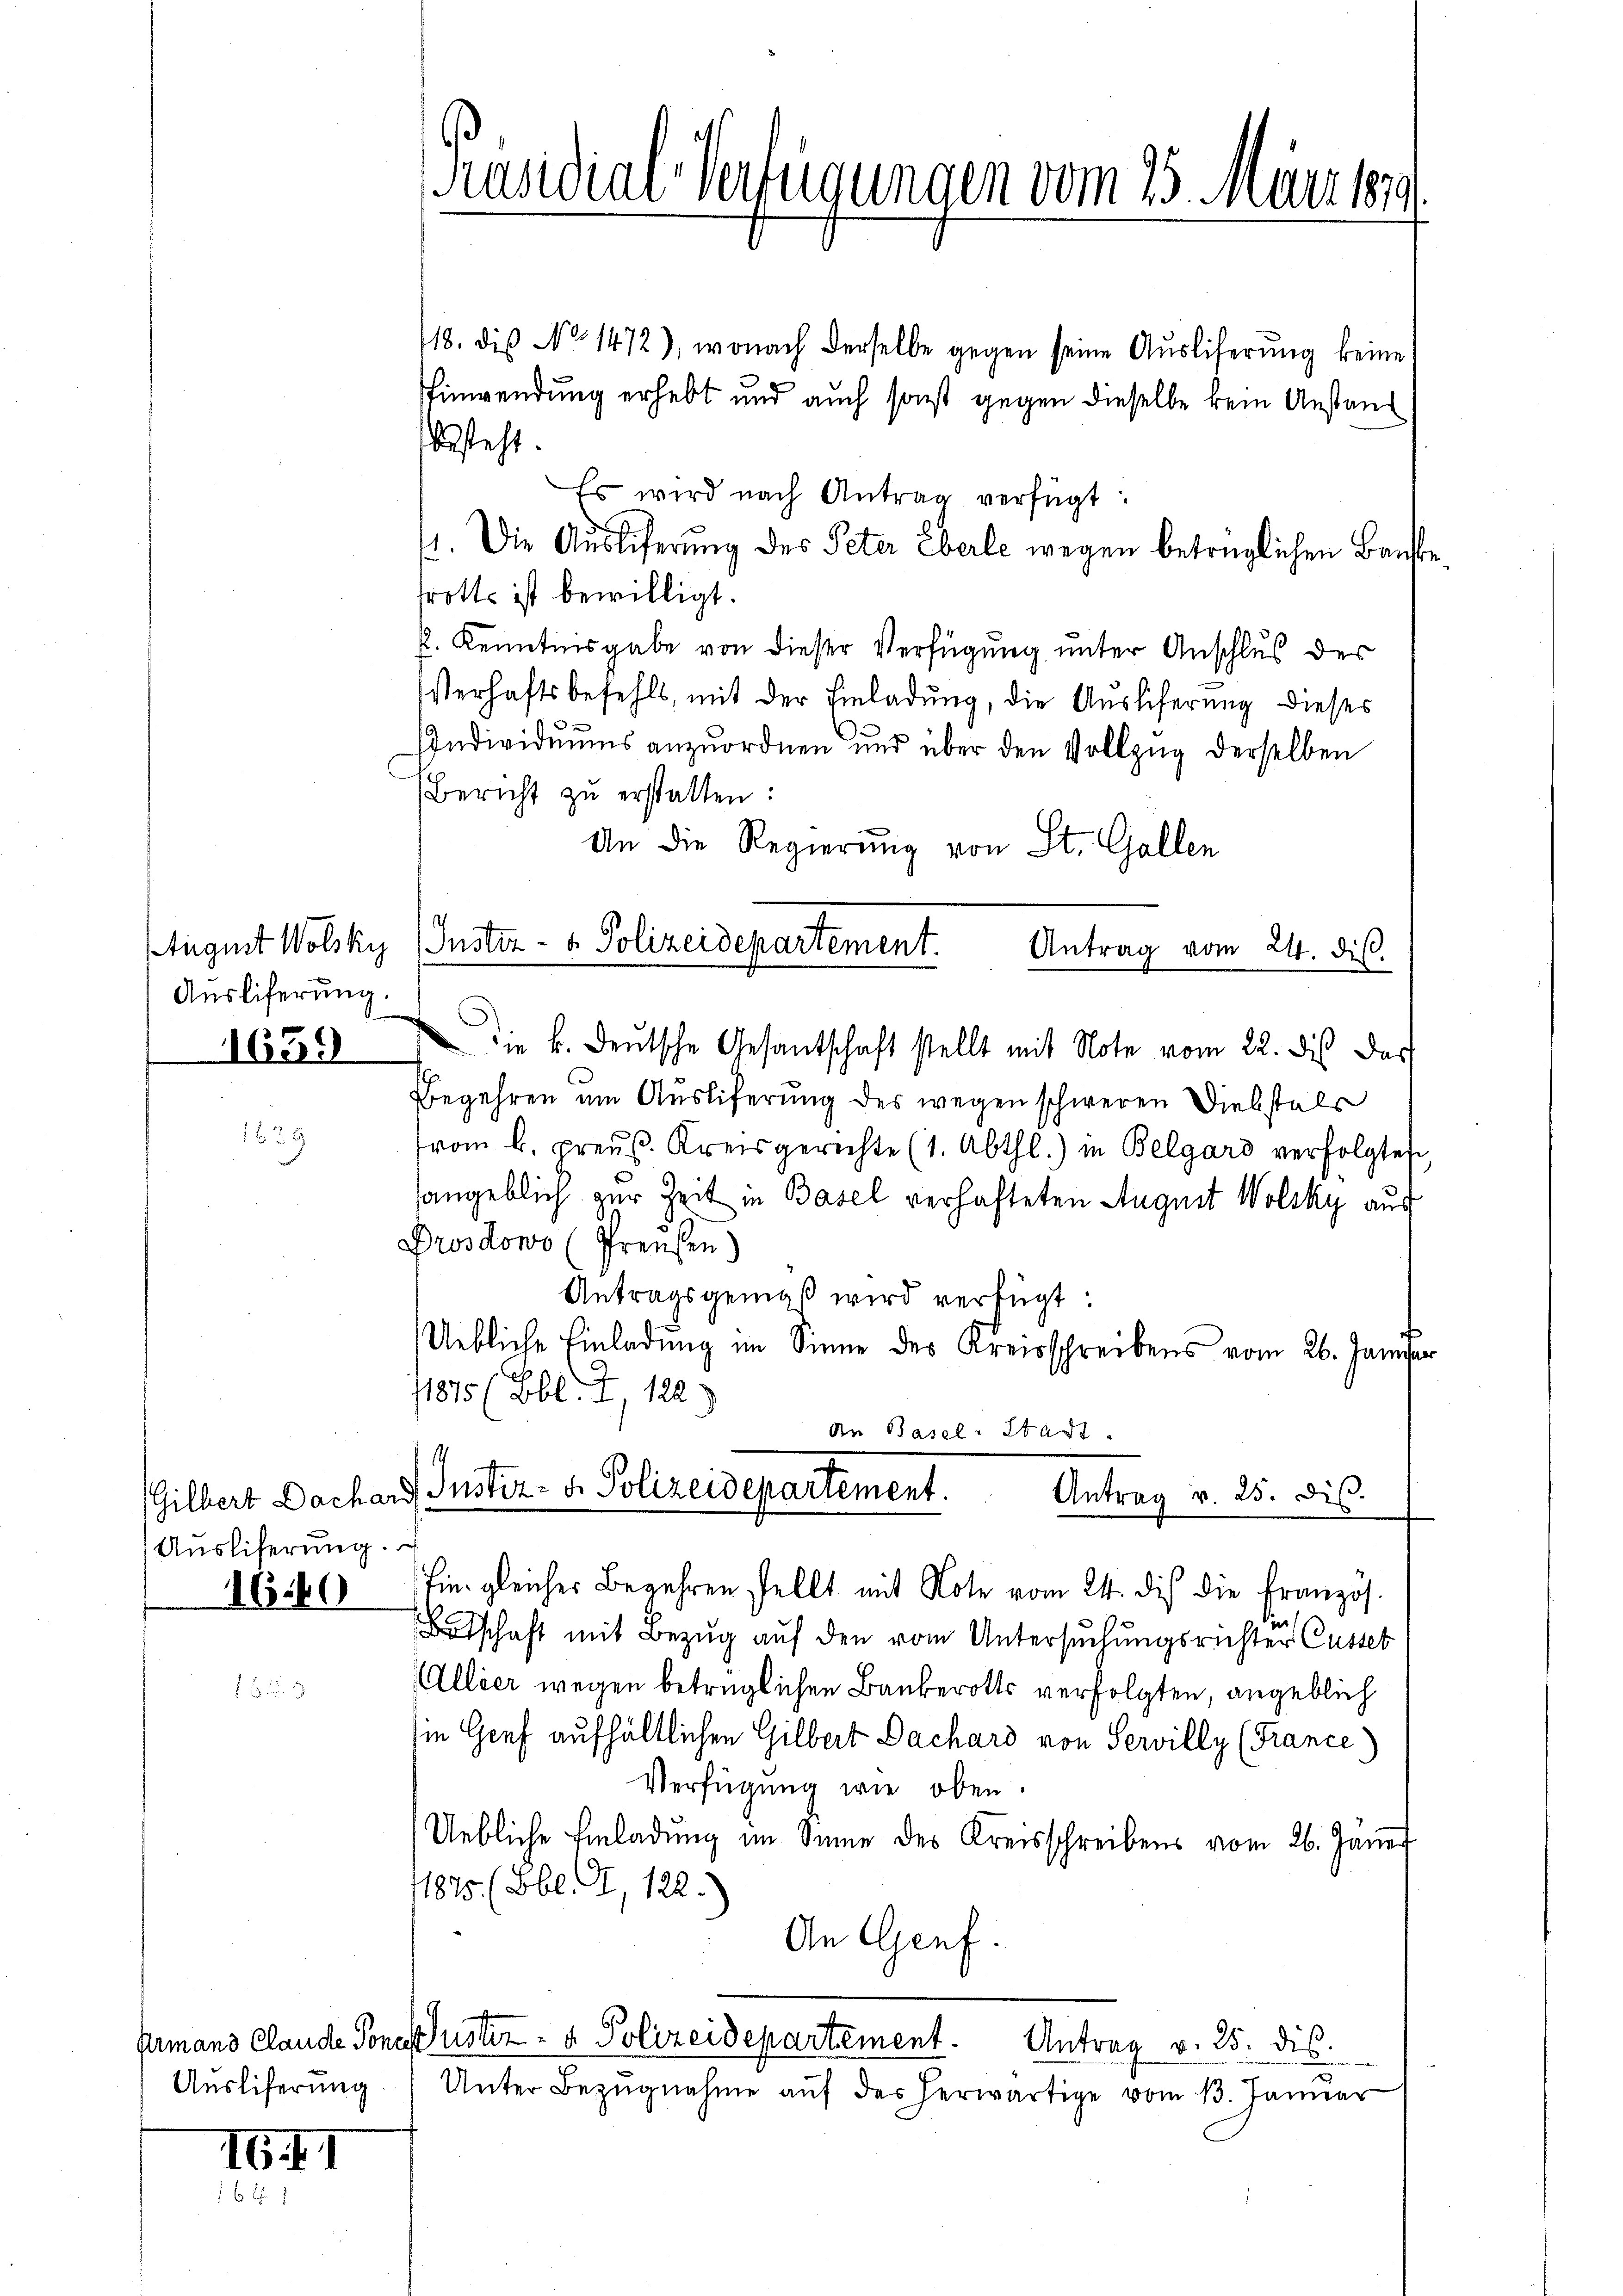
Ausliferung.

1659

1639

Aŭsliferŭng.
1640

Ausliferung

16 f. I

Präsidial-Verfügungen vom 15. März 1879.

118. die No 1472), wonach derselbe gegen seine Auslieferung keine
Einwendung erhebt und auch sonst gegen dieselbe kein Anstand
besteht.
Es wird nach Antrag verfügt:
1. Die Auslieferung des Peter Eberle wegen betrüglichen Bankfrotts ist bewilligt.
p. Kenntnisgabe von dieser Verfügung unter Anschlus der
Verhaftsbefehls, mit der Einladung, die Auslieferung dieses
Individuums anzuordnen und über den Vollzug derselben
Bericht zŭ erstatten:
An die Regierung von St. Gallen
(tugmit Wolsky (Guster- u. Polizeidepartement.
Antrag vom 24. dis
die k. deŭtsche Gesantschaft stellt mit Note vom 22. des dar
Begehren um Ausliferung des wegen schweren Diebstals
from b. preuß. Kreisgerichte (1. Abthl.) in Belgard verfolgte,
sangeblich zur Zeit in Basel verhafteten August Wolsky aus
Prosdowo (Preußen)
Antragsgemäß wird verfügt:
Uebliche Einladung im Sinne des Kreisschreibens vom 26. Januar
11875 (Bbl. I, 122)
An Basel-Stadt
.
Gilbert Dachard Justiz- u. Polizeidepartement. Antrag v. 25. dis.

Ein gleicher Begehren stellt mit Note vom 24. dies die Französ.
Botschaft mit Bezug auf den vom Untersuchungsrichter Casset
Allier wegen betrüglichen Baukerotts verfolgten, angeblich
ie Graf aufhältlichen Gilbert Dachard von Servilly (France)
Verfügung wie oben.
Uebliche Einladŭng im Sinne des Kreisschreibens vom 26. Jäne
1875. (Bbl. I, 122.
An Genf.
Armano clande Ponclustiz- & Polizeidepartement.
Antrag v. 25. dis
Unter Bezŭgnahme aŭf der herwärtige vom 13. Januar